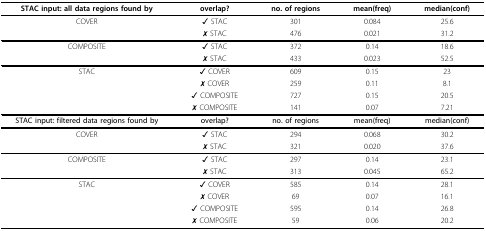
<table><thead><tr><td><b>STAC input: all data regions found by</b></td><td><b>overlap?</b></td><td><b>no. of regions</b></td><td><b>mean(freq)</b></td><td><b>median(conf)</b></td></tr></thead><tbody><tr><td>COVER</td><td>✓ STAC</td><td>301</td><td>0.084</td><td>25.6</td></tr><tr><td></td><td>✗ STAC</td><td>476</td><td>0.021</td><td>31.2</td></tr><tr><td>COMPOSITE</td><td>✓ STAC</td><td>372</td><td>0.14</td><td>18.6</td></tr><tr><td></td><td>✗ STAC</td><td>433</td><td>0.023</td><td>52.5</td></tr><tr><td>STAC</td><td>✓ COVER</td><td>609</td><td>0.15</td><td>23</td></tr><tr><td></td><td>✗ COVER</td><td>259</td><td>0.11</td><td>8.1</td></tr><tr><td></td><td>✓ COMPOSITE</td><td>727</td><td>0.15</td><td>20.5</td></tr><tr><td></td><td>✗ COMPOSITE</td><td>141</td><td>0.07</td><td>7.21</td></tr><tr><td><b>STAC input: filtered data regions found by</b></td><td><b>overlap?</b></td><td><b>no. of regions</b></td><td><b>mean(freq)</b></td><td><b>median(conf)</b></td></tr><tr><td>COVER</td><td>✓ STAC</td><td>294</td><td>0.068</td><td>30.2</td></tr><tr><td></td><td>✗ STAC</td><td>321</td><td>0.020</td><td>37.6</td></tr><tr><td>COMPOSITE</td><td>✓ STAC</td><td>297</td><td>0.14</td><td>23.1</td></tr><tr><td></td><td>✗ STAC</td><td>313</td><td>0.045</td><td>65.2</td></tr><tr><td>STAC</td><td>✓ COVER</td><td>585</td><td>0.14</td><td>28.1</td></tr><tr><td></td><td>✗ COVER</td><td>69</td><td>0.07</td><td>16.1</td></tr><tr><td></td><td>✓ COMPOSITE</td><td>595</td><td>0.14</td><td>26.8</td></tr><tr><td></td><td>✗ COMPOSITE</td><td>59</td><td>0.06</td><td>20.2</td></tr></tbody></table>